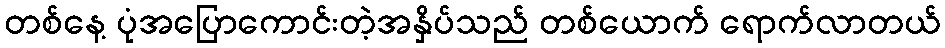
တစ်နေ့ ပုံအပြောကောင်းတဲ့အနှိပ်သည် တစ်ယောက် ရောက်လာတယ်